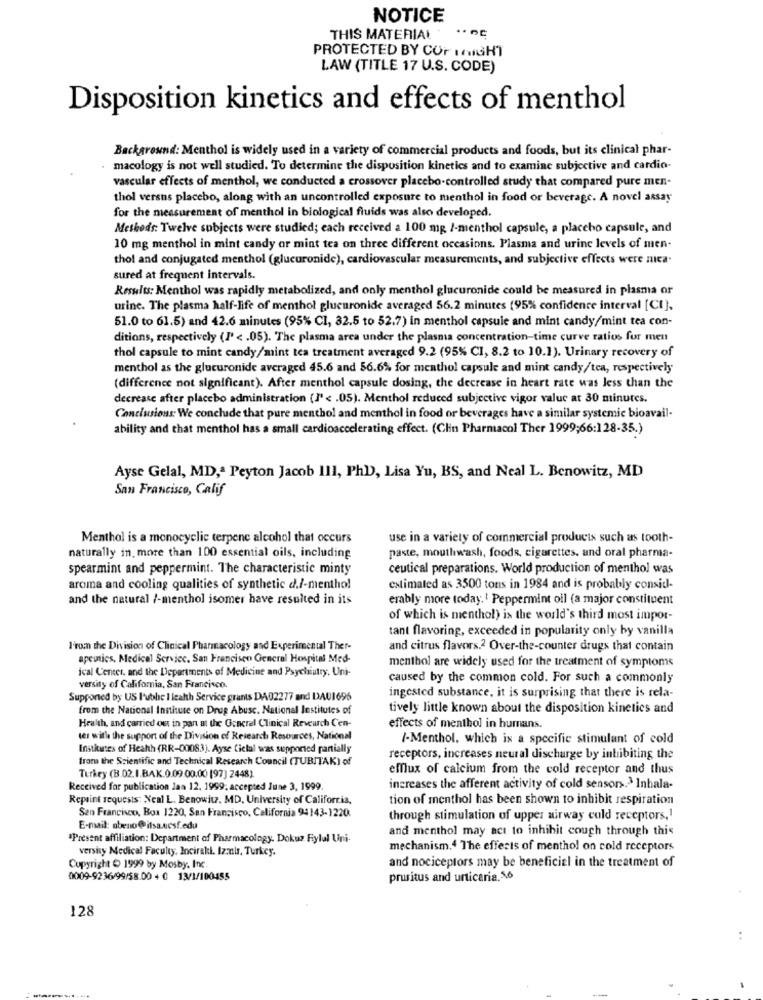
NOTICE
THIS MATERIAL
PROTECTED BY COF MIGHT
LAW (TITLE 17 U.S. CODE)
Disposition kinetics and effects of menthol
Background: Menthol is widely used in a variety of commercial products and foods, but its clinical phar-
macology is not well studied. To determine the disposition kinetics and to examine subjective and cardio-
vascular effects of menthol, we conducted a crossover placebo-controlled study that compared pure men-
thol versus placebo, along with an uncontrolled exposure to menthol in food or beverage. A novel assay
for the measurement of menthol in biological fluids was also developed.
Methods: Twelve subjects were studied; each received a 100 mg /-menthol capsule, a placebo capsule, and
10 mg menthol in mint candy or mint tea on three different occasions. Plasma and urine levels of men-
thol and conjugated menthol (glucuronide), cardiovascular measurements, and subjective effects were nica.
sured at frequent intervals.
Results: Menthol was rapidly metabolized, and only menthol glucuronide could be measured in plasma or
urine. The plasma half-life of menthol glucuronide averaged 56.2 minutes (95% confidence interval [CI).
51.0 to 61.5) and 42.6 minutes (95% CI, 32.5 to 52.7) in menthol capsule and mint candy/mint tea con-
ditions, respectively (P <. 05). The plasma area under the plasma concentration-time curve ratios for men
thol capsule to mint candy/mint tea treatment averaged 9.2 (95% CI, 8.2 to 10.1). Urinary recovery of
menthol as the glucuronide averaged 45.6 and 56.6% for menthol capsule and mint candy/tea, respectively
(difference not significant). After menthol capsule dosing, the decrease in heart rate was less than the
decrease after placebo administration (I' < . 05). Menthol reduced subjective vigor value at 30 minutes.
Conclusions We conclude that pure menthol and menthol in food or beverages have a similar systemic bioavail-
ability and that menthol has a small cardioaccelerating effect. (Clin Pharmacol Ther 1999;66:128-35.)
Ayse Gelal, MD ,. Peyton Jacob 111, PhD), Lisa Yu, BS, and Neal L. Benowitz, MD
San Francisco, Calif
Menthol is a monocyclic terpene alcohol that occurs
use in a variety of commercial products such as tooth-
naturally in. more than 100 essential oils, including
paste, mouthwash, foods, cigarettes, and oral pharma-
spearmint and peppermint. The characteristic minty
ceutical preparations. World production of menthol was
aroma and cooling qualities of synthetic d./-menthol
estimated as 3500 tons in 1984 and is probably consid-
and the natural /-menthol isomer have resulted in its
erably more today.' Peppermint oil (a major constituent
of which is menthol) is the world's third most impor-
tant flavoring, exceeded in popularity only by vanilla
I'rom the Division of Clinical Pharmacology and Experimental Ther-
and citrus flavors.2 Over-the-counter drugs that contain
apeutics, Medical Service. San Francisen General Hospital Med-
ical Center, and the Departments of Medicine and Psychiatry. Uni-
menthol are widely used for the treatment of symptoms
caused by the common cold. For such a commonly
versity of California, San Francisco.
ingested substance, it is surprising that there is rela-
Supported by US l'ubhe I leahh Service grants DA02277 and DA01696
from the National Institute on Drug Abuse. National Institutes of
tively little known about the disposition kinetics and
Health, and carried out in pan at the General Clinical Reveurch Cen-
effects of menthol in humans.
tes with the support of the Division of Research Resources, National
/-Menthol, which is a specific stimulant of cold
Institutes of Heahh (RR-00083). Ayse Ciclal was supported pantially
from the Scientific and Technical Research Council (TUBITAK) of
receptors, increases neural discharge by inhibiting the
emflux of calcium from the cold receptor and thus
Turkey (B.02. I.BAK.0.09.00.00 [97] 2448)
Received for publication Jan 12, 1999; accepted June 3, 1999.
increases the afferent activity of cold sensors.> Inhala-
Repaint requests: Neal L. Benowitz, MD, University of California,
tion of menthol has been shown to inhibit respiration
San Francisco, Box 1220, San Francisco, California 94143-1220.
through stimulation of upper airway cold receptors ,!
E-mail: obeno@itsa.ucsf.edu
and menthol may act to inhibit cough through this
"Present affiliation: Department of Pharmacology. Dokuz Fylul Uni-
versity Medical Faculty, Inciraki. Izmir. Turkey.
mechanism.4 The effects of menthol on cold receptors
and nociceptors may be beneficial in the treatment of
Copyright ( 1999 by Mosby. Inc.
0009-9236/99/58 00 + 0 13/1/100455
pruritus and urticaria.5.6
128
..